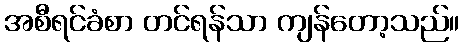
အစီရင်ခံစာ တင်ရန်သာ ကျန်တော့သည်။